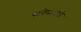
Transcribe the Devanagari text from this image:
हानेमानची